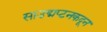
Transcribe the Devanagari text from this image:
साउद्मप्टनकदून